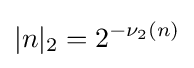
|n|_{2}=2^{-\nu _{2}(n)}